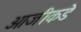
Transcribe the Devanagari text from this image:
आजीकडे